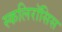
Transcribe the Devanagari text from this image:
स्कलिरॉसिस